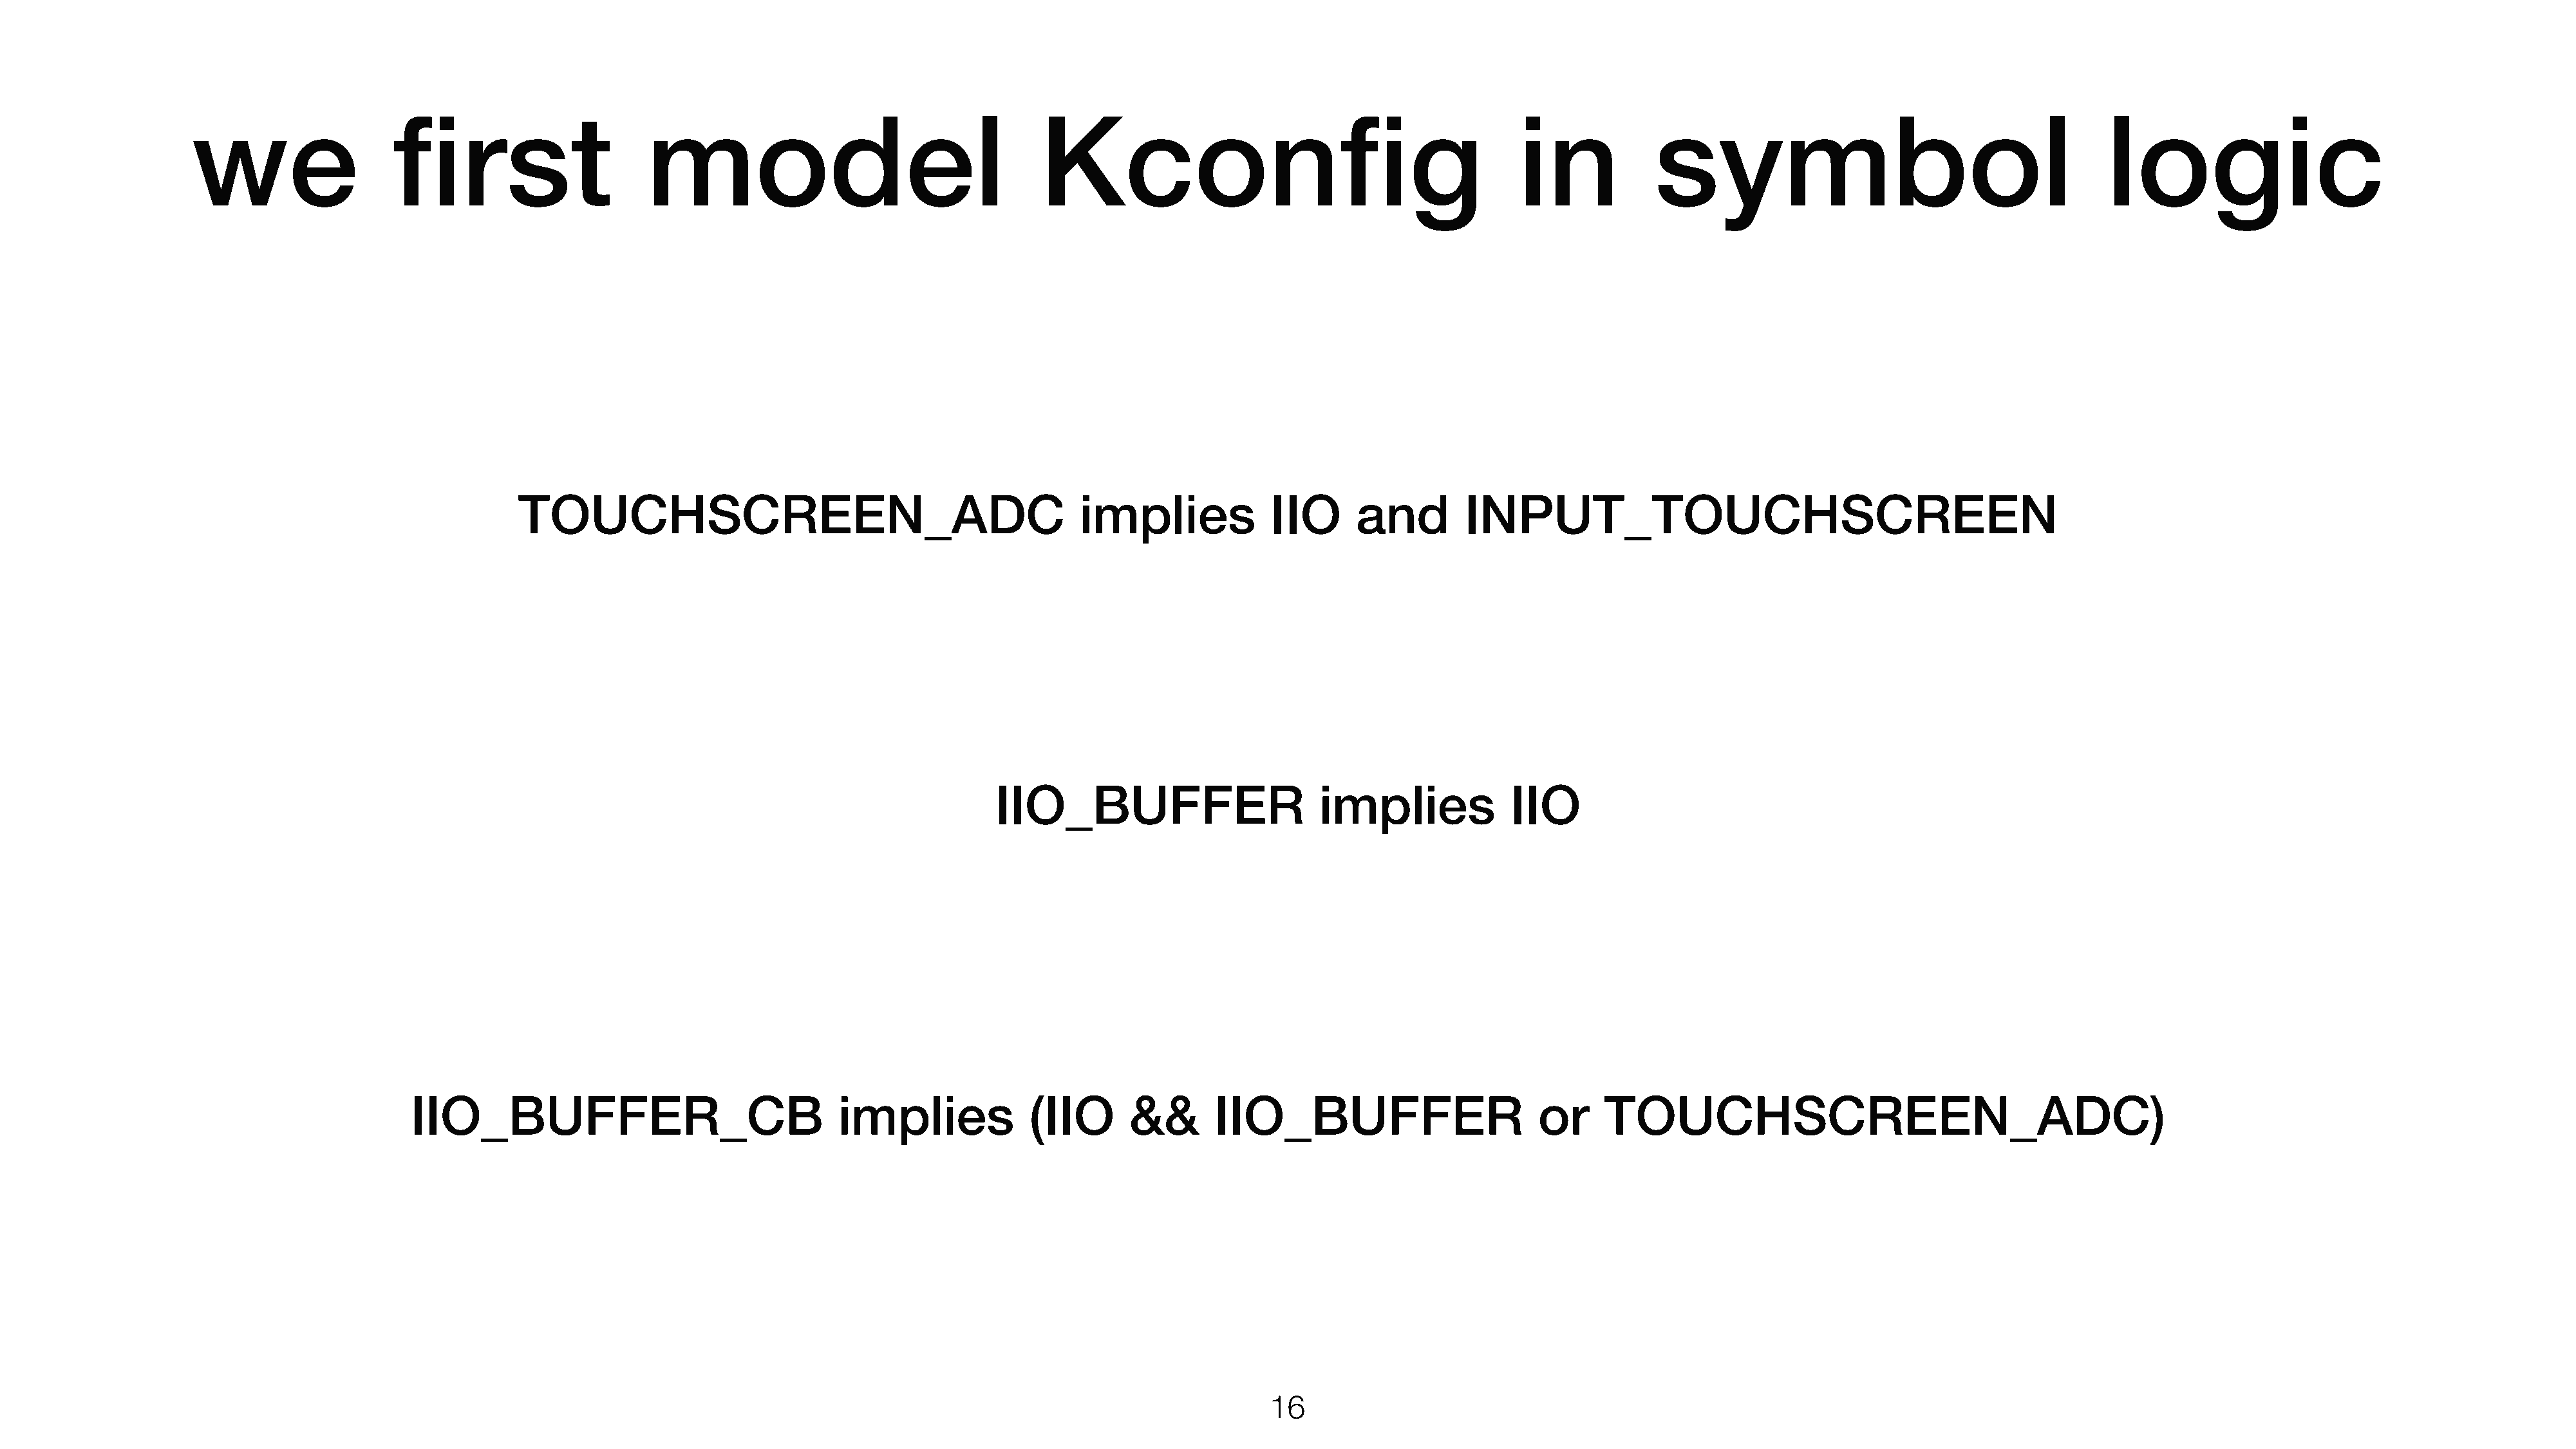
we                  first                     model                                    Kconfig                                          in            symbol                                         logic
 TOUCHSCREEN_ADC                                           implies             IIO     and         INPUT_TOUCHSCREEN
 IIO_BUFFER                        implies            IIO
 IIO_BUFFER_CB                               implies             (IIO      &&       IIO_BUFFER                       or     TOUCHSCREEN_ADC)
 1166